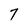
Character: 7